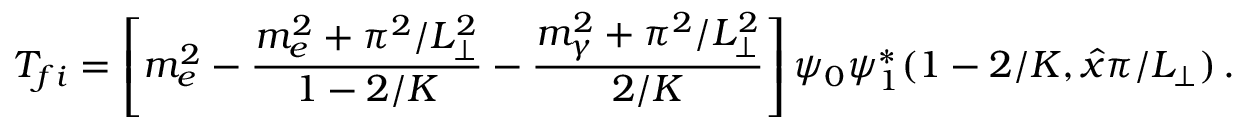
T _ { f i } = \left[ m _ { e } ^ { 2 } - \frac { m _ { e } ^ { 2 } + \pi ^ { 2 } / L _ { \perp } ^ { 2 } } { 1 - 2 / K } - \frac { m _ { \gamma } ^ { 2 } + \pi ^ { 2 } / L _ { \perp } ^ { 2 } } { 2 / K } \right] \psi _ { 0 } \psi _ { 1 } ^ { * } ( 1 - 2 / K , \hat { x } \pi / L _ { \perp } ) \, .